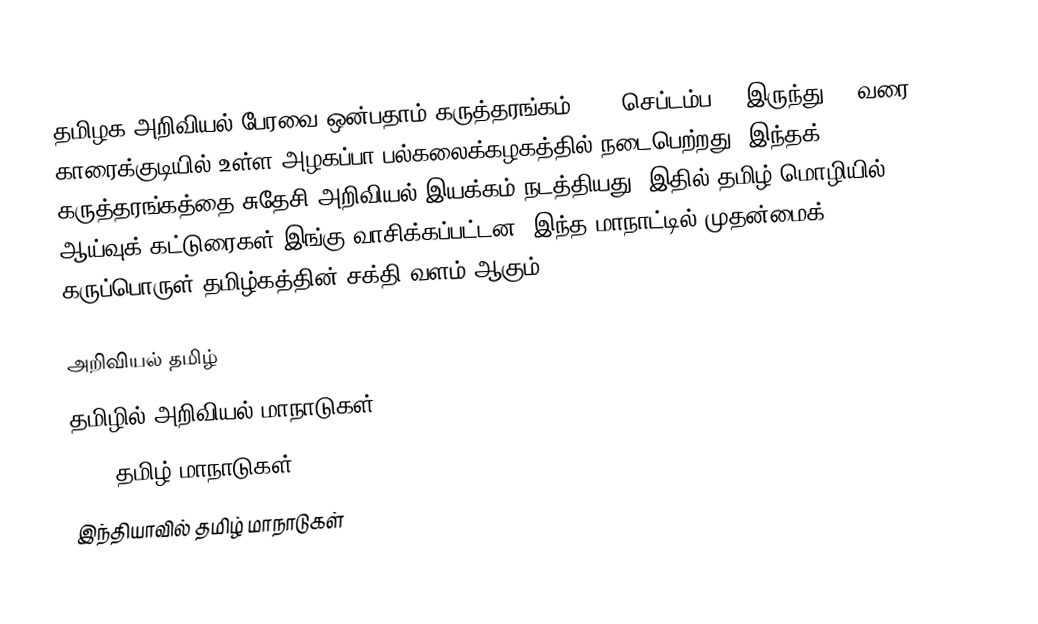
தமிழக அறிவியல் பேரவை ஒன்பதாம் கருத்தரங்கம் 2010 செப்டம்ப 11 இருந்து 13 வரை காரைக்குடியில் உள்ள அழகப்பா பல்கலைக்கழகத்தில் நடைபெற்றது.  இந்தக் கருத்தரங்கத்தை சுதேசி அறிவியல் இயக்கம் நடத்தியது.  இதில் தமிழ் மொழியில் ஆய்வுக் கட்டுரைகள் இங்கு வாசிக்கப்பட்டன.  இந்த மாநாட்டில் முதன்மைக் கருப்பொருள் தமிழ்கத்தின் சக்தி வளம் ஆகும்.

அறிவியல் தமிழ்
தமிழில் அறிவியல் மாநாடுகள்
2010 தமிழ் மாநாடுகள்
இந்தியாவில் தமிழ் மாநாடுகள்